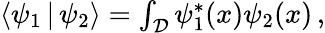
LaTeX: \begin{array}{r}{\left<\psi_{1}\, |\, \psi_{2}\right>=\int_{\mathcal{D}}\psi_{1}^{*}(x)\psi_{2}(x)\, ,}\end{array}